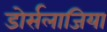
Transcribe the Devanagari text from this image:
डोर्सलाजिया